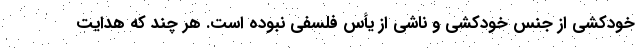
خودکشی از جنس خودکشی و ناشی از یأس فلسفی نبوده است. هر چند که هدایت